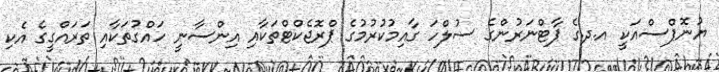
ޔުނޮޕްސްއަކީ އ.ދ.ގެ ޕާޓްނަރުންގެ ސުލްހަ ގާއިމުކުރުމުގެ ޕްރޮޖެކްޓްތަކާއި އިންސާނީ ހައްގުތަކާއި ތަރައްގީގެ އެކި